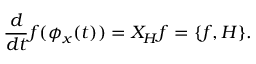
{ \frac { d } { d t } } f ( \phi _ { x } ( t ) ) = X _ { H } f = \{ f , H \} .